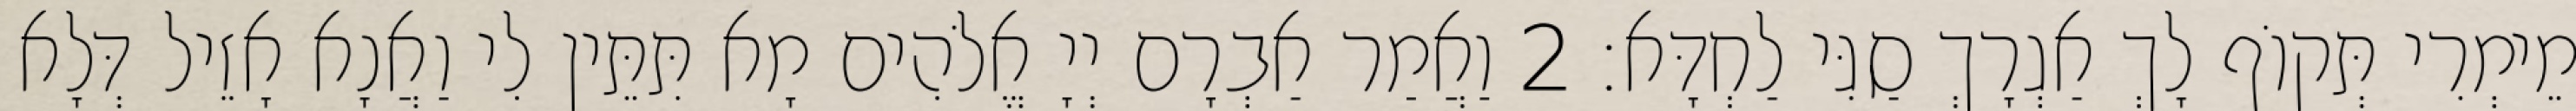
מֵימְרִי תְּקוֹף לָךְ אַגְרָךְ סַגִּי לַחְדָּא׃ 2 וַאֲמַר אַבְרָם יְיָ אֱלֹהִים מָא תִּתֵּין לִי וַאֲנָא אָזֵיל דְּלָא